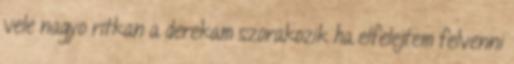
vele nagyo ritkan a derekam szorakozik ha elfelejtem felvenni